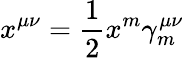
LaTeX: x^{\mu\nu}=\frac{1}{2}x^{m}\gamma_{m}^{\mu\nu}